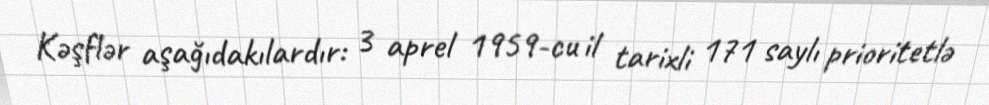
Kəşflər aşağıdakılardır: 3 aprel 1959-cu il tarixli 171 saylı prioritetlə